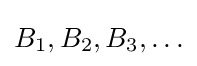
B_{1},B_{2},B_{3},\ldots